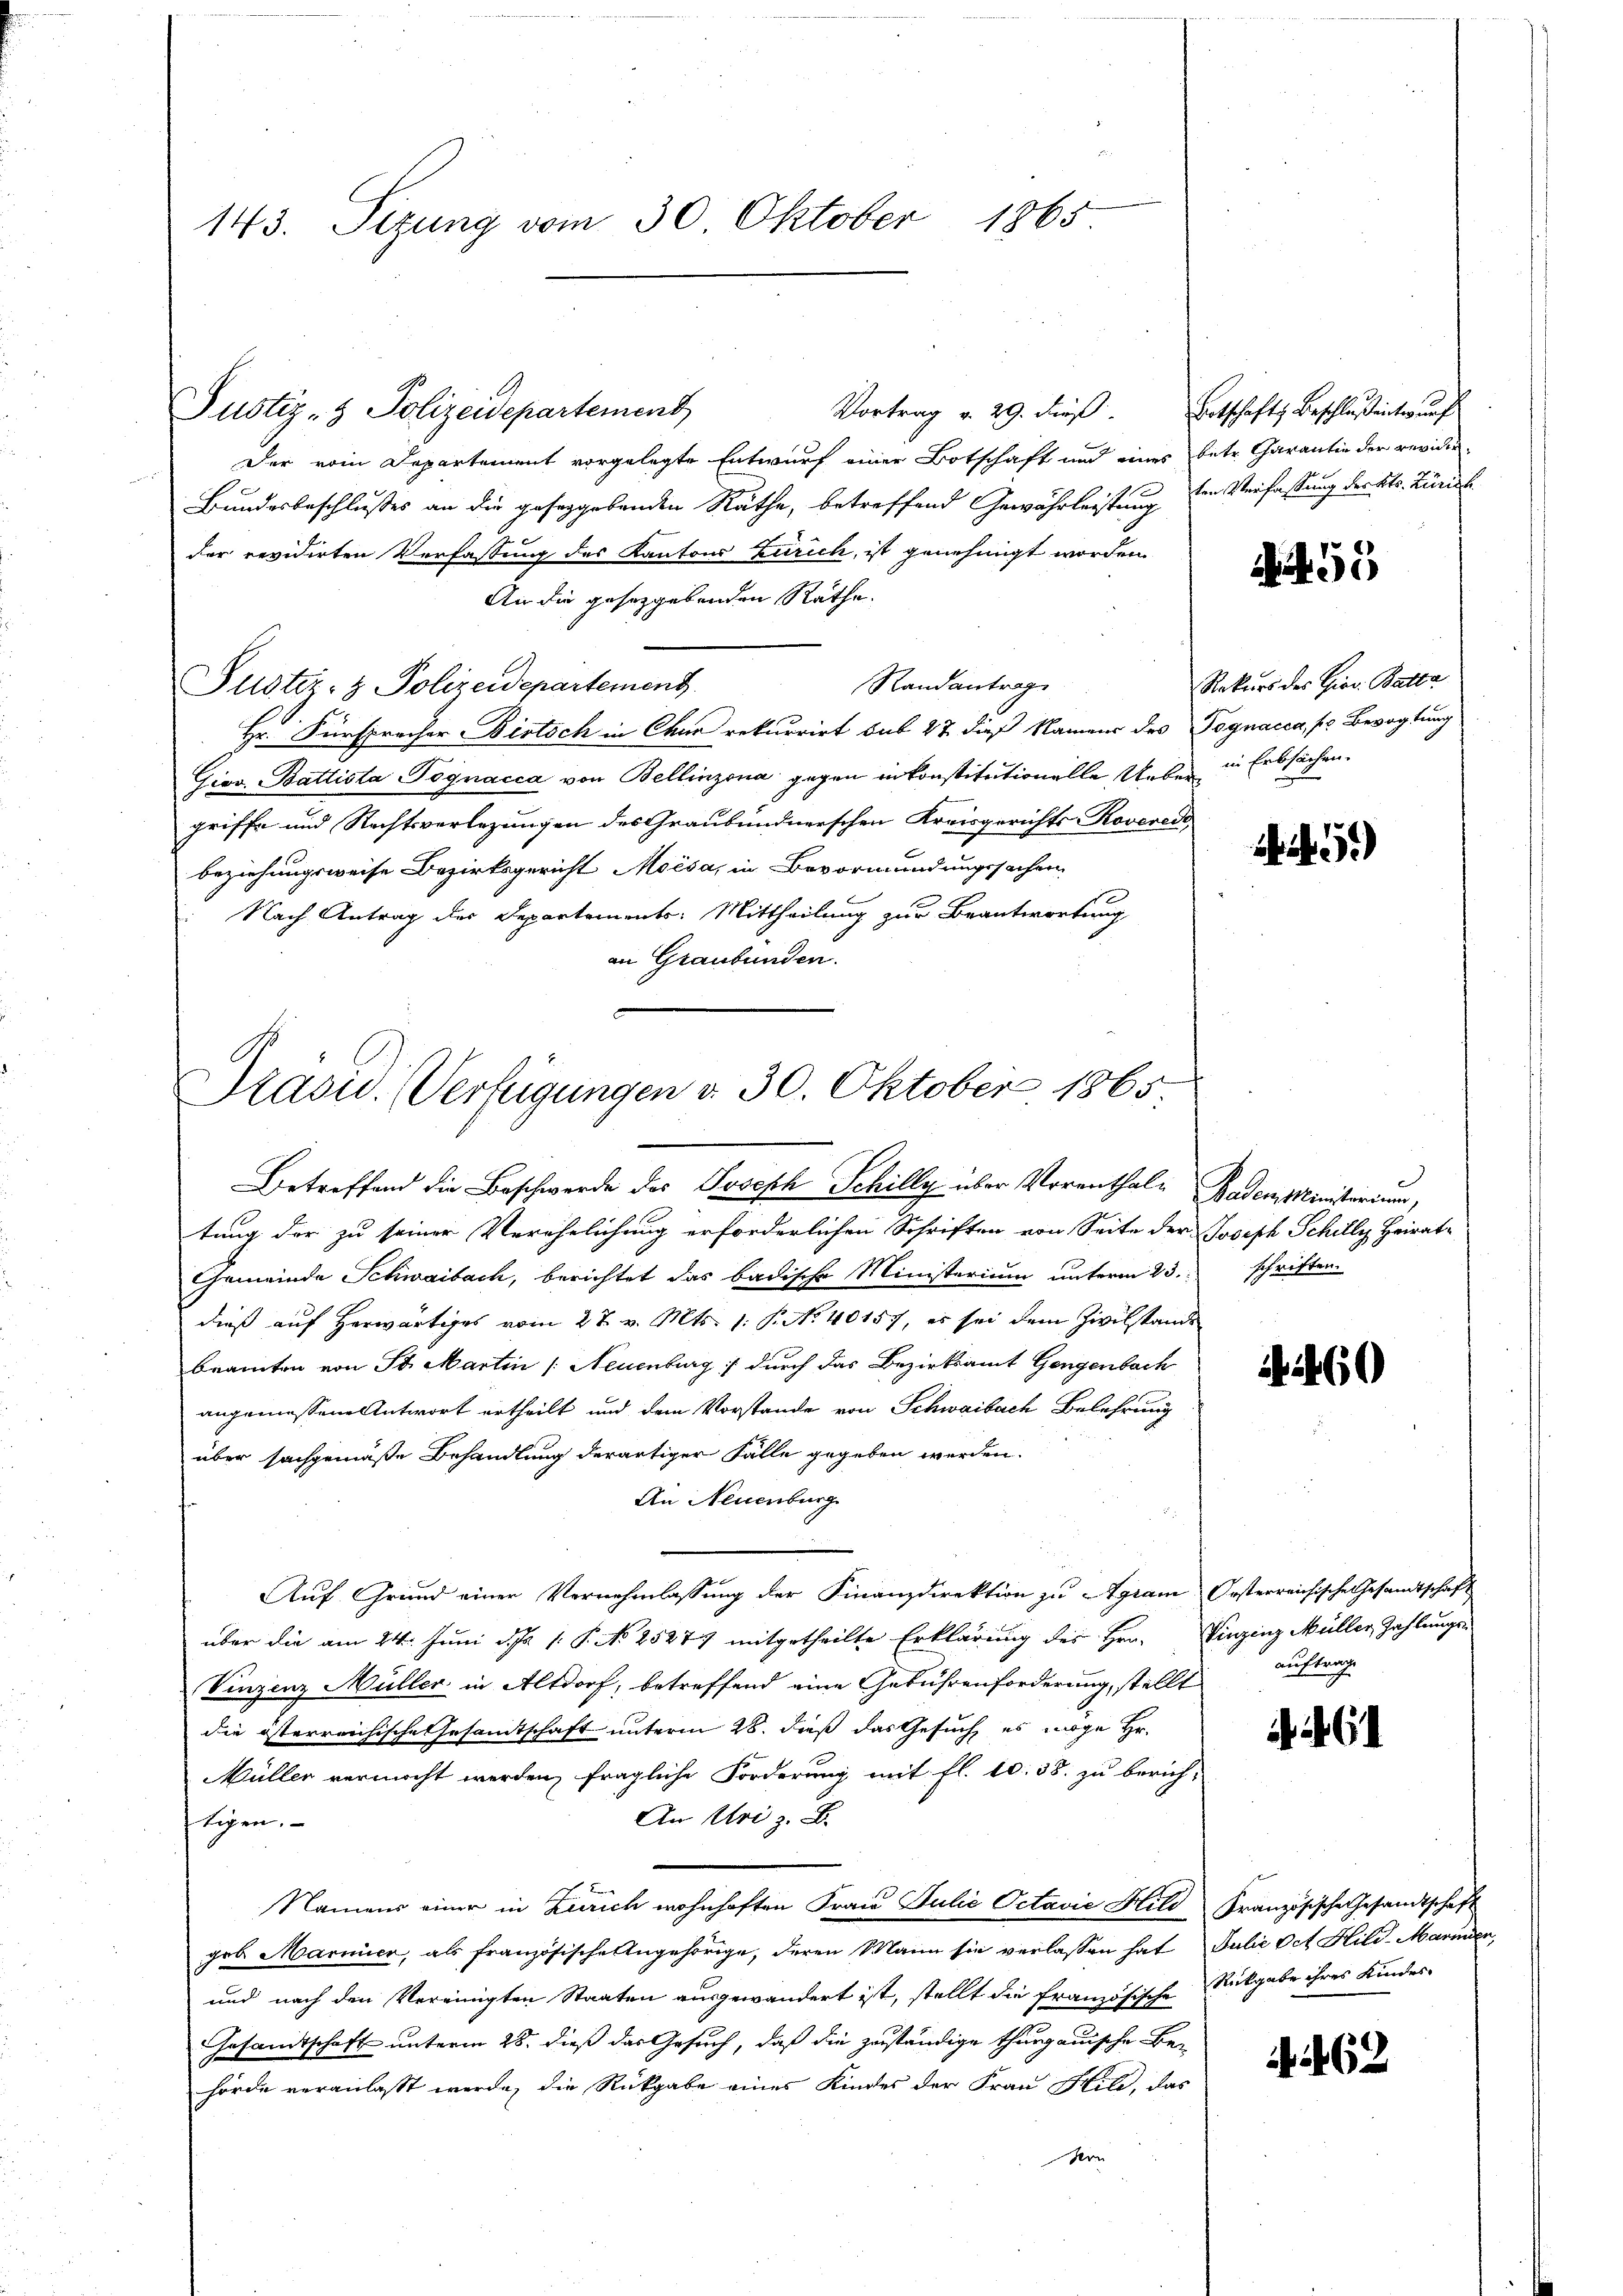
Vortrag v. 29. dieβ. Ortschafts Beschlussentes auf
Der vom Departement vorgelegte Entwurf einer Botschaft und eines betr. Carantie der revidir
Bundesbeschlusses an die geseggebenden Räthe, betreffend Gewährleistung den Verfassung der Kts. Zürich
der revidirten Verfassung des Kantons Zürich, ist genehmigt worden
An die gesetzgebenden Räthe.
Randantrag
Justiz- & Polizeidepartement
Hr. Fürspracher Birtsch in Chur rekurrirt sub 27 dieß Namens des Tognacca, so Bevogtung
Gios. Battista Pognacca von Bellinzona gegen in konstitutionelle Ueber Erbsachen.
griffe und Rechtsverlegungen des Graubündnerschen Kreisgerichts- Roverede
beziehungsweise Bezirksgericht Moisa, in Bevormundungssachen
 Nach Antrag der Departements. Mittheilung zur Beantwortung
an Graubünden.
Prasw. (Verzigungen d. 30. Oktober 1865

e
143. Sizung vom 30. Oktober 1865

Justiz- & Polizeidepartement

Betreffend die Beschwerde des Joseph Schilly über Vorenthal- Baden Ministerium,
tung der zu seiner Verehelichung erforderlichen Schriften von Seite der Joseph Schille Heirate
Gemeinde Schwaibach, berichtet das badische Ministerium unterm 23. schriften.
dieß auf Herwärtiges vom 27. v. Mts. 1: P. No 40157, es sei dem Zivilstande
brannten von St. Martin /: Neuenburg durch das Bezirksamt Gengenbach
angemessene Antwort ertheilt und dem Vorstande von Schwaibach Belehrung
über sachgemäße Behandlung derartiger Fälle gegeben werden.
An Neuenburg
Auf Grund einer Vernehmlassung der Finanzdirektion zu Agram Oesterreichische Gesandtschaft
über die am 24. Juni d. Js. 1. P. No 25277 mitgetheilte Erklärung des Hrn. Vinzinz Müller Zahlungs-
Vinzenz Müller in Altdorf, betreffend eine Gebührenforderung, stellt
die österreichische Gesamtschaft unterm 28. dieß das Gesuch es möge Hr.
Müller vermocht werden, fragliche Forderung mit fl. 10. 38. zu berich-
An Uri z. B.
tigen.
Namens einer in Zürich wohnhaften Frau Julie Octavie Hild Französische Gesandtschaft
geb. Marier, als französische Angehörige, deren Mann sie verlassen hat Julie Oct. Hild-Marinden,
und nach den Vereinigten Staaten ausgewandert ist, stellt die französische Rückgabe ihres Kindes-
Gesandtschaft unterm 28. dieß das Gesuch, daß die zuständige thurgauische Be-
hörde veranlaßt werde, die Rückgabe eines Kindes der Frau Hild, das
dern

55

Rekurs des Gier. Batta

460

auftrag

6

4462